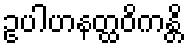
ဥပါဟနတ္ထဝိကန္တိ